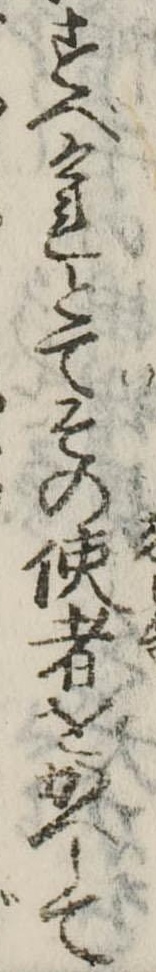
すべけれとてその使者をかへして